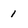
Character: 1